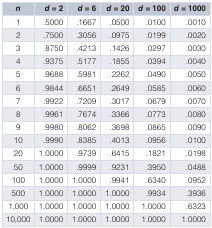
<table><thead><tr><td><b><i>n</i></b></td><td><b><i>d</i> = 2</b></td><td><b><i>d</i> = 6</b></td><td><b><i>d</i> = 20</b></td><td><b><i>d</i> = 100</b></td><td><b><i>d</i> = 1000</b></td></tr></thead><tbody><tr><td>1</td><td>.5000</td><td>.1667</td><td>.0500</td><td>.0100</td><td>.0010</td></tr><tr><td>2</td><td>.7500</td><td>.3056</td><td>.0975</td><td>.0199</td><td>.0020</td></tr><tr><td>3</td><td>.8750</td><td>.4213</td><td>.1426</td><td>.0297</td><td>.0030</td></tr><tr><td>4</td><td>.9375</td><td>.5177</td><td>.1855</td><td>.0394</td><td>.0040</td></tr><tr><td>5</td><td>.9688</td><td>.5981</td><td>.2262</td><td>.0490</td><td>.0050</td></tr><tr><td>6</td><td>.9844</td><td>.6651</td><td>.2649</td><td>.0585</td><td>.0060</td></tr><tr><td>7</td><td>.9922</td><td>.7209</td><td>.3017</td><td>.0679</td><td>.0070</td></tr><tr><td>8</td><td>.9961</td><td>.7674</td><td>.3366</td><td>.0773</td><td>.0080</td></tr><tr><td>9</td><td>.9980</td><td>.8062</td><td>.3698</td><td>.0865</td><td>.0090</td></tr><tr><td>10</td><td>.9990</td><td>.8385</td><td>.4013</td><td>.0956</td><td>.0100</td></tr><tr><td>20</td><td>1.0000</td><td>.9739</td><td>.6415</td><td>.1821</td><td>.0198</td></tr><tr><td>50</td><td>1.0000</td><td>.9999</td><td>.9231</td><td>.3950</td><td>.0488</td></tr><tr><td>100</td><td>1.0000</td><td>1.0000</td><td>.9941</td><td>.6340</td><td>.0952</td></tr><tr><td>500</td><td>1.0000</td><td>1.0000</td><td>1.0000</td><td>.9934</td><td>.3936</td></tr><tr><td>1,000</td><td>1.0000</td><td>1.0000</td><td>1.0000</td><td>1.0000</td><td>.6323</td></tr><tr><td>10,000</td><td>1.0000</td><td>1.0000</td><td>1.0000</td><td>1.0000</td><td>1.0000</td></tr></tbody></table>